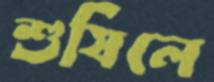
শুষিলে